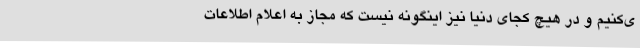
ی‌کنیم و در هیچ کجای دنیا نیز اینگونه نیست که مجاز به اعلام اطلاعات